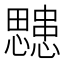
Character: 𭟜